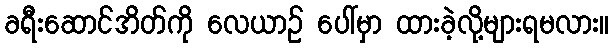
ခရီးဆောင်အိတ်ကို လေယာဉ် ပေါ်မှာ ထားခဲ့လို့များရမလား။